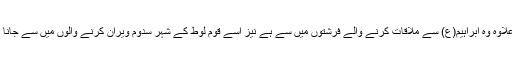
اسکے علاوہ وہ ابراہیم(ع) سے ملاقات کرنے والے فرشتوں میں سے ہے نیز اسے قوم لوط کے شہر سَدوم ویران کرنے والوں میں سے جانا گیا ہے۔